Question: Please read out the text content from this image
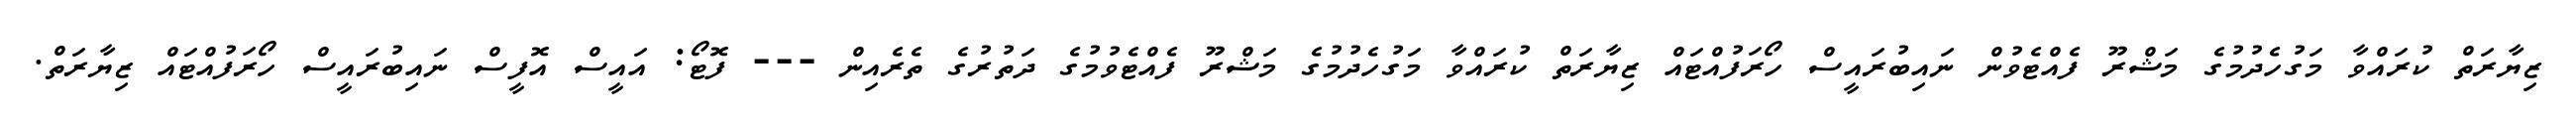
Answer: ޒިޔާރަތް ކުރައްވާ މަގުހެދުމުގެ މަޝްރޫ ފެއްޓެވުން ނައިބުރައީސް ހޯރަފުއްޓައް ޒިޔާރަތް ކުރައްވާ މަގުހެދުމުގެ މަޝްރޫ ފެއްޓެވުމުގެ ދަތުރުގެ ތެރެއިން --- ފޮޓޯ: އައީސް އޮފީސް ނައިބުރައީސް ހޯރަފުއްޓައް ޒިޔާރަތް.